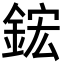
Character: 鋐